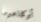
أوكلاهوما